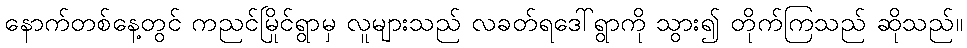
နောက်တစ်နေ့တွင် ကညင်မြိုင်ရွာမှ လူများသည် လခတ်ရဒေါ်ရွာကို သွား၍ တိုက်ကြသည် ဆိုသည်။